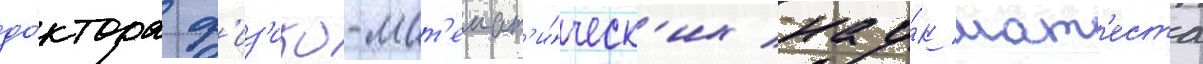
до́ктора ф'из'ико-мат'емат'и́ческ'их нау́к мат'еста